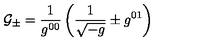
{ \cal G _ { \pm } } = { \frac { 1 } { g ^ { 0 0 } } } \left( { \frac { 1 } { \sqrt { - g } } } \pm g ^ { 0 1 } \right)